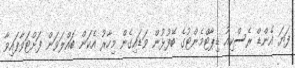
ފަޔަ އެންޑް ރެސްކިއު ޑިޕާޓްމެންޓުގެ ބޭފުޅުން ވަޑައިގެން މިހާރު އެކަން ބައްލަވަން ފަށްޓަވާފައިވާ